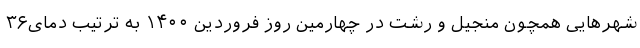
شهرهایی همچون منجیل و رشت در چهارمین روز فروردین ۱۴۰۰ به ترتیب دمای۳۶